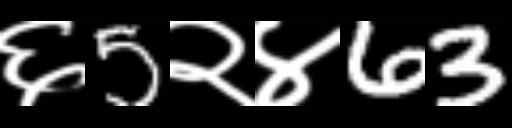
Text: ६5२४63